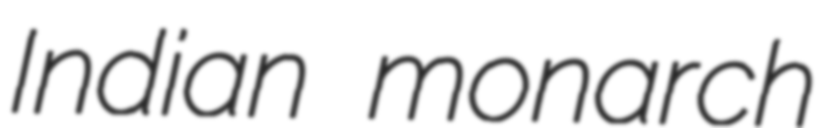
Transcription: Indian monarch